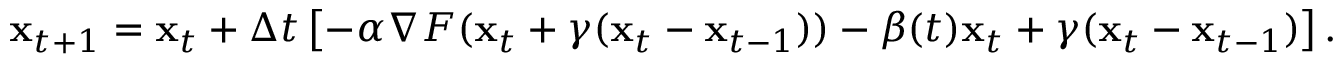
{ \bf x } _ { t + 1 } = { \bf x } _ { t } + \Delta t \left[ - \alpha \nabla F ( { \bf x } _ { t } + \gamma ( { \bf x } _ { t } - { \bf x } _ { t - 1 } ) ) - \beta ( t ) { \bf x } _ { t } + \gamma ( { \bf x } _ { t } - { \bf x } _ { t - 1 } ) \right] .